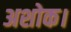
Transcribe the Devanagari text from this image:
अशोक।